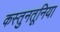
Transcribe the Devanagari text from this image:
कस्तुनतूनिया